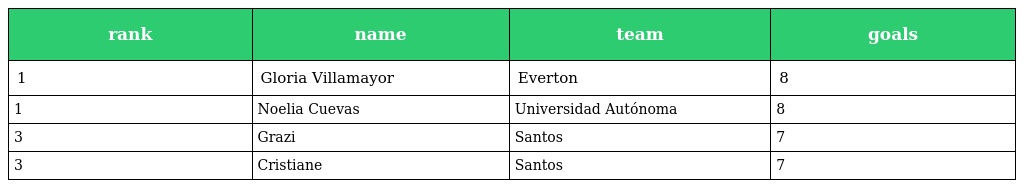
| rank | name | team | goals |
 | --- | --- | --- | --- |
 | 1 | Gloria Villamayor | Everton | 8 |
 | 1 | Noelia Cuevas | Universidad Autónoma | 8 |
 | 3 | Grazi | Santos | 7 |
 | 3 | Cristiane | Santos | 7 |